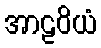
အာဠဝိယံ